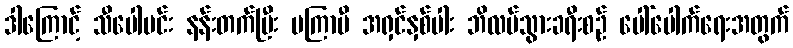
ဒါကြောင့် သီပေါမင်း နန်းတက်ပြီး မကြာမီ အရှင်နှစ်ပါး ဘိလပ်သွားခရီးစဉ် ပေါ်ပေါက်ရေးအတွက်